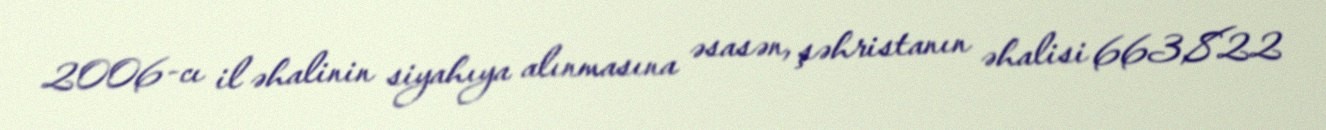
2006-cı il əhalinin siyahıya alınmasına əsasən, şəhristanın əhalisi 663,822